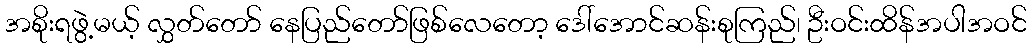
အစိုးရဖွဲ့မယ့် လွှတ်တော် နေပြည်တော်ဖြစ်လေတော့ ဒေါ်အောင်ဆန်းစုကြည်၊ ဦးဝင်းထိန်အပါအဝင်